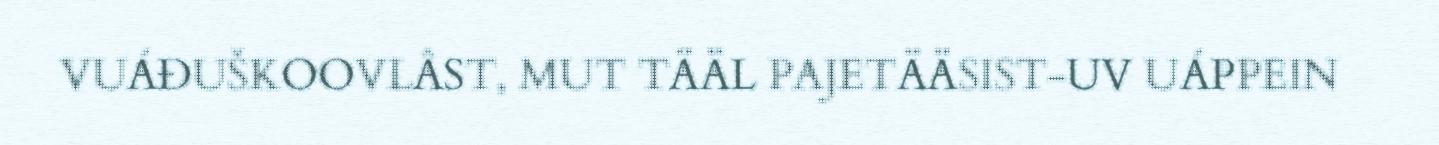
VUÁĐUŠKOOVLÂST, MUT TÄÄL PAJETÄÄSIST-UV UÁPPEIN